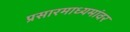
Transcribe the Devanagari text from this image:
प्रसारमाध्यमांवर